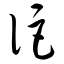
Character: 讵